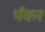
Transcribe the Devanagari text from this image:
पॅकर